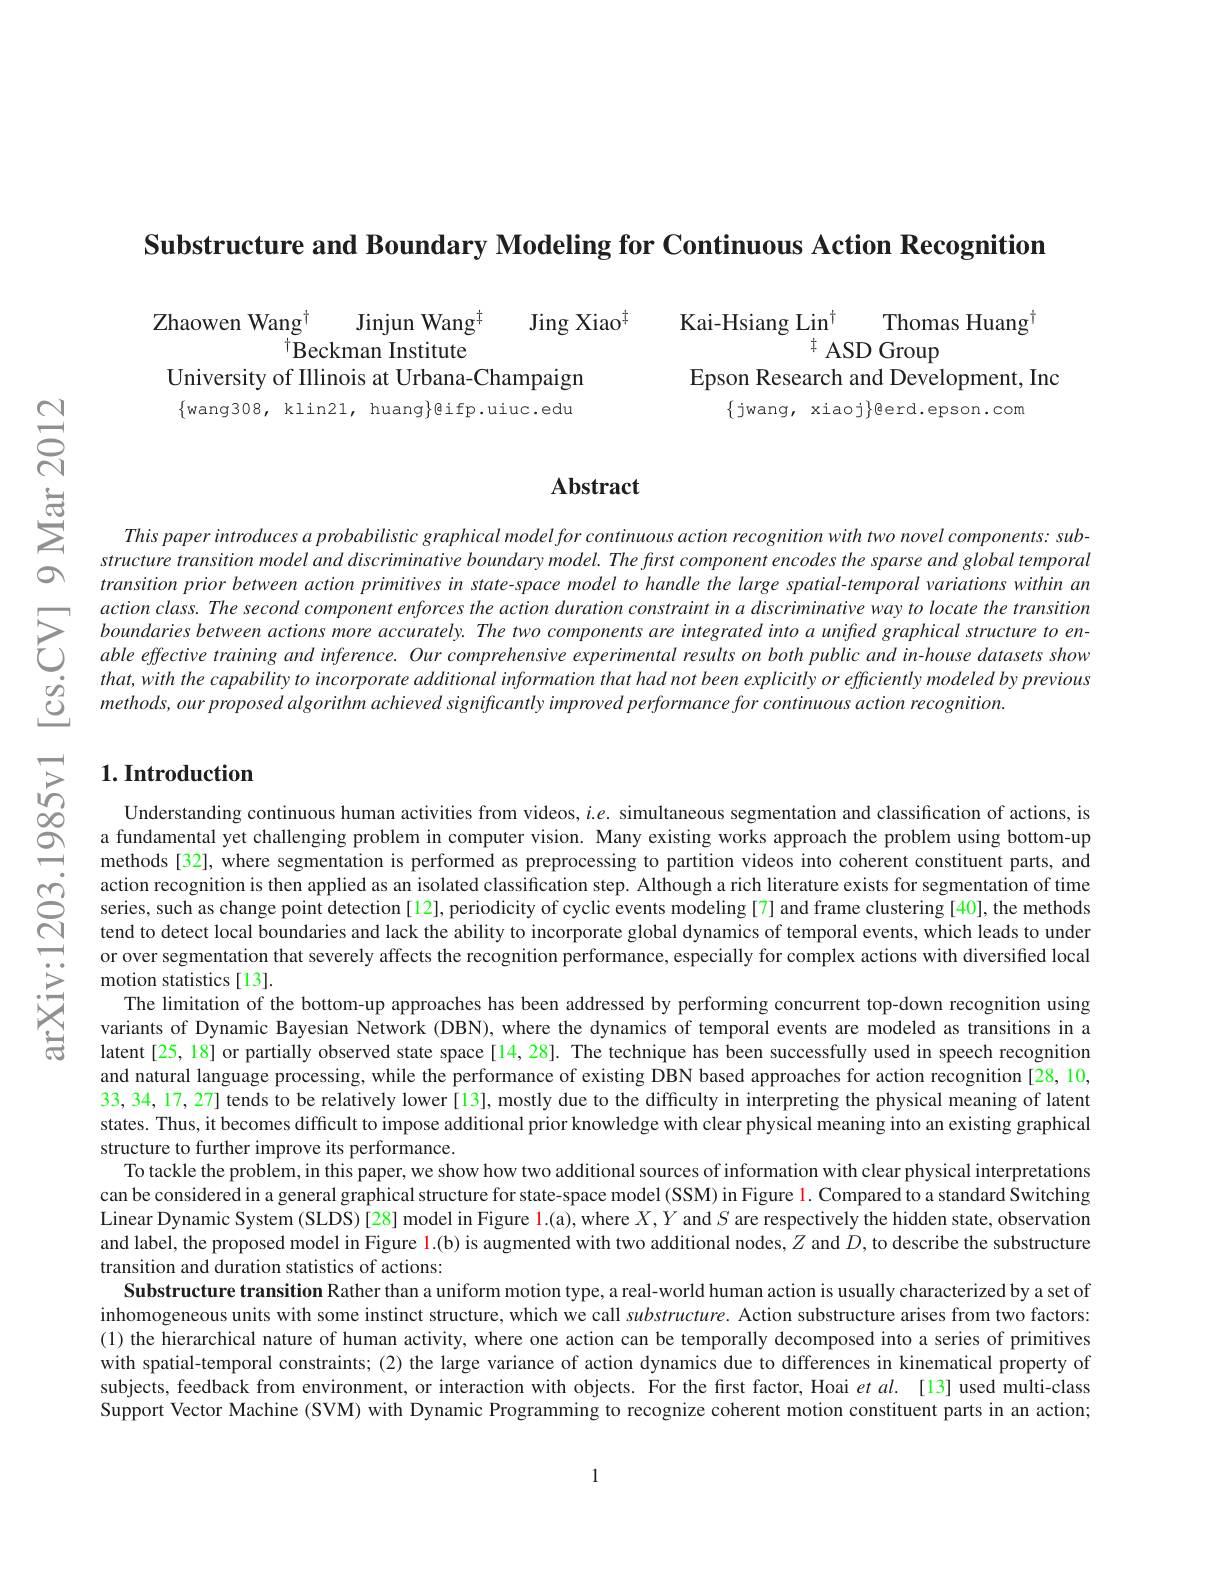
Substructure and Boundary Modeling for Continuous Action Recognition

Jinjun Wang$^{+}$
Jing Xiao$^{\dagger}$
Zhaowen Wang$^{\dagger}$
$^{\dagger}$Beckman Institute
Epson Research and Development, Inc
University of Illinois at Urbana-Champaign $\{$wang308, klin21, huang$\}$@ifp.uiuc.edu
$\{$jwang, xiaoj$\}$eerd.epson.com

## Abstract

This paper introduces a probabilistic graphical model for continuous action recognition with two novel components: substructure transition model and discriminative boundary model. The first component encodes the sparse and global temporal transition prior between action primitives in state-space model to handle the large spatial-temporal variations within an action class. The second component enforces the action duration constraint in a discriminative way to locate the transition boundaries between actions more accurately. The two components are integrated into a unified graphical structure to enable effective training and inference. Our comprehensive experimental results on both public and in-house datasets show that, with the capability to incorporate additional information that had not been explicitly or efficiently modeled by previous $methods,ourproposedalgorithmachievedsignificantlyimprovedperformanceforcontinuousactionrecognition.$

## $1. \textbf{Introduction}$

action recognition is then applied as an isolated classification step. Although a rich literature exists for segmentation of time series, such as change point detection [12], periodicity of cyclic events modeling [7] and frame clustering [40], the methods tend to detect local boundaries and lack the ability to incorporate global dynamics of temporal events, which leads to under or over segmentation that severely affects the recognition performance, especially for complex actions with diversified local motion statistics[13].
The limitation of the bottom-up approaches has been addressed by performing concurrent top-down recognition using variants of Dynamic Bayesian Network (DBN), where the dynamics of temporal events are modeled as transitions in a latent [25, 18] or partially observed state space [14,28]. The technique has been successfully used in speech recognition and natural language processing, while the performance of existing DBN based approaches for action recognition[28, 10, 33,34,17,27] tends to be relatively lower [13], mostly due to the difficulty in interpreting the physical meaning of latent states. Thus, it becomes difficult to impose additional prior knowledge with clear physical meaning into an existing graphical structure to further improve its performance.
To tackle the problem, in this paper, we show how two additional sources of information with clear physical interpretations can be considered in a general graphical structure for state-space model (SSM) in Figure l. Compared to a standard Switching Linear Dynamic System (SLDS)[28] model in Figure 1.(a), where $X,Y$ and $S$ are respectively the hidden state, observation and label, the proposed model in Figure 1.(b) is augmented with two additional nodes, $Z$ and $D$,to describe the substructure transition and duration statistics of actions:
Substructure transition Rather than a uniform motion type, a real-world human action is usually characterized by a set of inhomogeneous units with some instinct structure, which we call substructure. Action substructure arises from two factors: (1) the hierarchical nature of human activity, where one action can be temporally decomposed into a series of primitives with spatial-temporal constraints; (2) the large variance of action dynamics due to differences in kinematical property of subjects, feedback from environment, or interaction with objects. For the first factor, Hoai $et$ al. [13] used multi-class Support Vector Machine (SVM) with Dynamic Programming to recognize coherent motion constituent parts in an action;

1